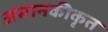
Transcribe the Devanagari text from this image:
अमानकीकृत